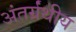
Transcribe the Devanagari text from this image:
अंतर्ग्रंथीय